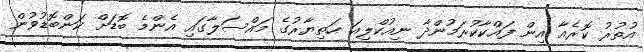
އުތުރު ކޮރެއާ އިން ފައްކާކުރަމުންދާ ނިއުކްލިއަ ހަތިޔާރުގެ މައްސަލާގައި އެންމެ ބޮޑަށް ކަންބޮޑުވުން